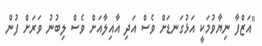
"އަޒްފާ ނިޔާވުމަކީ އަޅުގަނޑަށް ވެސް އަދި އާއިލާއަށް ވެސް ލިބުނު ވަރަށް ފުން